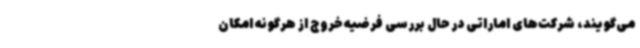
می‌گویند، شرکت‌های اماراتی در حال بررسی فرضیه خروج از هرگونه امکان